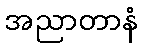
အညာတာနံ